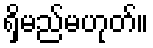
ရှိမည်မဟုတ်။